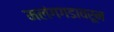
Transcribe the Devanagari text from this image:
मलंगगडावरून